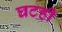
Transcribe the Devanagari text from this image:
घटही